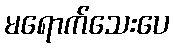
မရောက်သေးပေ